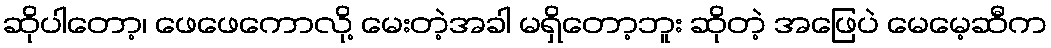
ဆိုပါတော့၊ ဖေဖေကောလို့ မေးတဲ့အခါ မရှိတော့ဘူး ဆိုတဲ့ အဖြေပဲ မေမေ့ဆီက